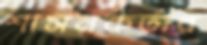
শাসনকর্তার